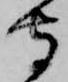
守